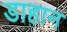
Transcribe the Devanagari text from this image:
डाहान